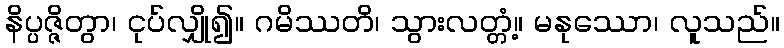
နိပ္ပဇ္ဇိတွာ၊ ငုပ်လျှို၍။ ဂမိဿတိ၊ သွားလတ္တံ့။ မနုဿော၊ လူသည်။